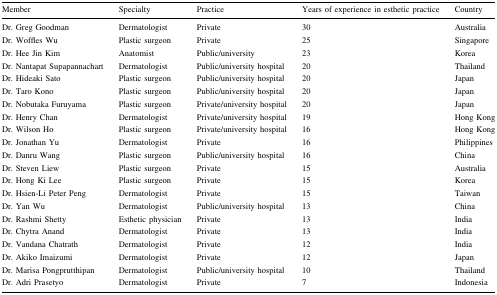
<table><thead><tr><td><b>Member</b></td><td><b>Specialty</b></td><td><b>Practice</b></td><td><b>Years of experience in esthetic practice</b></td><td><b>Country</b></td></tr></thead><tbody><tr><td>Dr. Greg Goodman</td><td>Dermatologist</td><td>Private</td><td>30</td><td>Australia</td></tr><tr><td>Dr. Woffles Wu</td><td>Plastic surgeon</td><td>Private</td><td>25</td><td>Singapore</td></tr><tr><td>Dr. Hee Jin Kim</td><td>Anatomist</td><td>Public/university</td><td>23</td><td>Korea</td></tr><tr><td>Dr. Nantapat Supapannachart</td><td>Dermatologist</td><td>Public/university hospital</td><td>20</td><td>Thailand</td></tr><tr><td>Dr. Hideaki Sato</td><td>Plastic surgeon</td><td>Public/university hospital</td><td>20</td><td>Japan</td></tr><tr><td>Dr. Taro Kono</td><td>Plastic surgeon</td><td>Public/university hospital</td><td>20</td><td>Japan</td></tr><tr><td>Dr. Nobutaka Furuyama</td><td>Plastic surgeon</td><td>Private/university hospital</td><td>20</td><td>Japan</td></tr><tr><td>Dr. Henry Chan</td><td>Dermatologist</td><td>Private/university hospital</td><td>19</td><td>Hong Kong</td></tr><tr><td>Dr. Wilson Ho</td><td>Plastic surgeon</td><td>Private/university hospital</td><td>16</td><td>Hong Kong</td></tr><tr><td>Dr. Jonathan Yu</td><td>Dermatologist</td><td>Private</td><td>16</td><td>Philippines</td></tr><tr><td>Dr. Danru Wang</td><td>Plastic surgeon</td><td>Public/university hospital</td><td>16</td><td>China</td></tr><tr><td>Dr. Steven Liew</td><td>Plastic surgeon</td><td>Private</td><td>15</td><td>Australia</td></tr><tr><td>Dr. Hong Ki Lee</td><td>Plastic surgeon</td><td>Private</td><td>15</td><td>Korea</td></tr><tr><td>Dr. Hsien-Li Peter Peng</td><td>Dermatologist</td><td>Private</td><td>15</td><td>Taiwan</td></tr><tr><td>Dr. Yan Wu</td><td>Dermatologist</td><td>Public/university hospital</td><td>13</td><td>China</td></tr><tr><td>Dr. Rashmi Shetty</td><td>Esthetic physician</td><td>Private</td><td>13</td><td>India</td></tr><tr><td>Dr. Chytra Anand</td><td>Dermatologist</td><td>Private</td><td>13</td><td>India</td></tr><tr><td>Dr. Vandana Chatrath</td><td>Dermatologist</td><td>Private</td><td>12</td><td>India</td></tr><tr><td>Dr. Akiko Imaizumi</td><td>Dermatologist</td><td>Private</td><td>12</td><td>Japan</td></tr><tr><td>Dr. Marisa Pongprutthipan</td><td>Dermatologist</td><td>Public/university hospital</td><td>10</td><td>Thailand</td></tr><tr><td>Dr. Adri Prasetyo</td><td>Dermatologist</td><td>Private</td><td>7</td><td>Indonesia</td></tr></tbody></table>